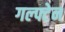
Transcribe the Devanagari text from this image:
गल्फ्टेन